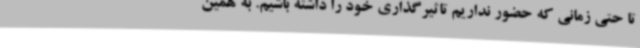
تا حتی زمانی که حضور نداریم تاثیرگذاری خود را داشته باشیم. به همین